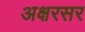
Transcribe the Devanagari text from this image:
अक्षरसर